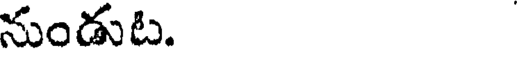
నుండుట.